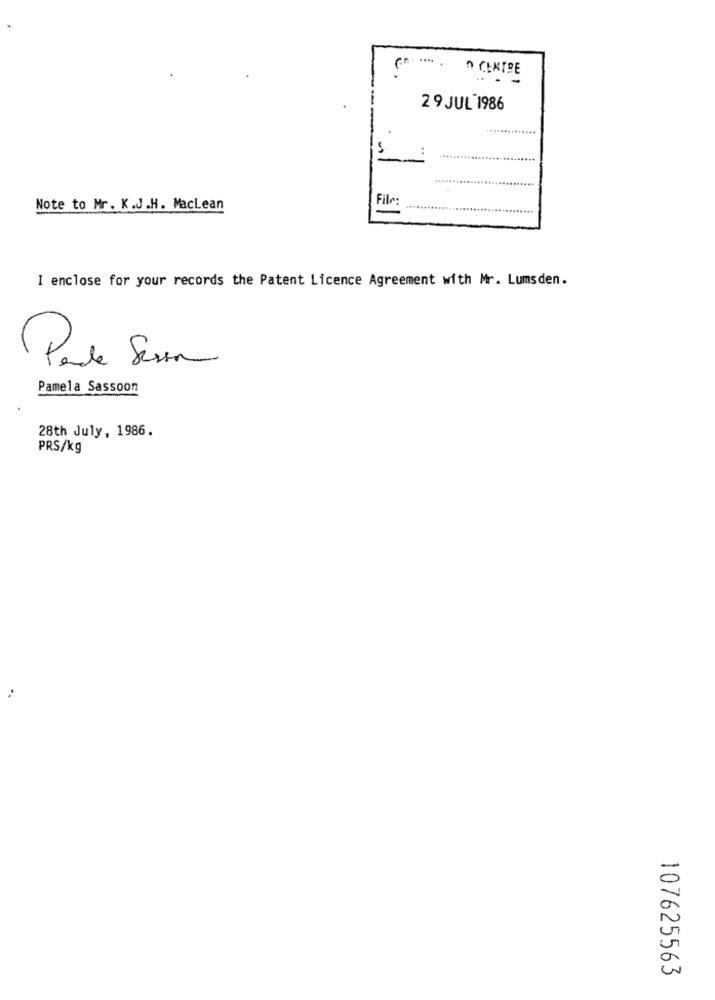
O CENTRE
29 JUL 1986
File
Note to Mr. K.J.H. Maclean
I enclose for your records the Patent Licence Agreement with Mr. Lumsden.
Paule Serin
Pamela Sassoon
28th July, 1986.
PRS/kg
107625563